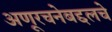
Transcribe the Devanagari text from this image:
अणूरचनेबद्दलचे